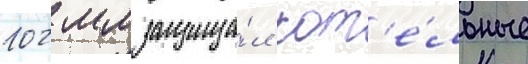
102 мм защища́л кот'е́льные